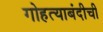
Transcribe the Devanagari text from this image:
गोहत्याबंदीची